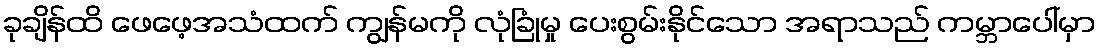
ခုချိန်ထိ ဖေဖေ့အသံထက် ကျွန်မကို လုံခြုံမှု ပေးစွမ်းနိုင်သော အရာသည် ကမ္ဘာပေါ်မှာ